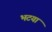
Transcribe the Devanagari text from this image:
भटयां